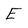
Character: E